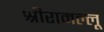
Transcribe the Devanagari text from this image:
श्रीरामल्लू